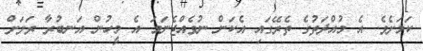
ކަމަށެވެ. އެ މުއްދަތުގެ ތެރޭގައި އެކަން ނުވެއްޖެނަމަ އެ މީހުން އަނބުރާ ރަށަށް